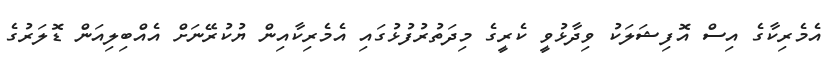
އެމެރިކާގެ އިސް އޮފިޝަލަކު ވިދާޅުވީ ކެރީގެ މިދަތުރުފުޅުގައި އެމެރިކާއިން ޔުކުރޭނަށް އެއްބިލިއަން ޑޮލަރުގެ